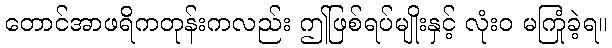
တောင်အာဖရိကတုန်းကလည်း ဤဖြစ်ရပ်မျိုးနှင့် လုံးဝ မကြုံခဲ့ရ။